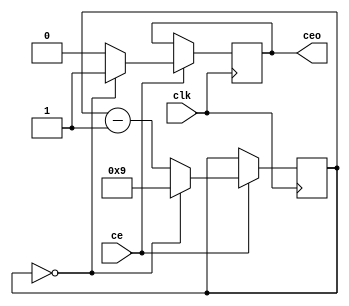
// Preskaler, licznik zliczajcy w d z wyjciem Clock Enable Output
module PRESCALER
#(
    parameter MAX = 9, // Warto, od ktrej zaczyna liczy
    parameter W   = $clog2(MAX + 1) // Szeroko bitowa prescalera
)
(
    input clk,
    input ce,

    output reg ceo = 0
);


reg [W-1 : 0] cnt = MAX;

always @(posedge clk) begin
    if(ce) begin
        if(cnt == 0) begin
            cnt <= MAX;
            ceo <= 1;
        end else begin
            cnt <= cnt - 1'd1;
            ceo <= 0;
        end
    end
end

endmodule